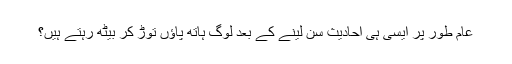
عام طور پر ایسی ہی احادیث سن لینے کے بعد لوگ ہاتھ پاؤں توڑ کر بیٹھ رہتے ہیں؟